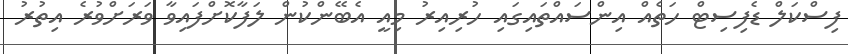
ފިސްކަލް ޑެފިސިޓް ހަތެއް އިންސައްތައިގައި ހުރިއިރު މިއީ އެބޭންކުން ލަފާކޮށްފައިވާ ވަރަށްވުރެ އިތުރު